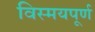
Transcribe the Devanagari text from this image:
विस्मयपूर्ण